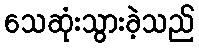
သေဆုံးသွားခဲ့သည်